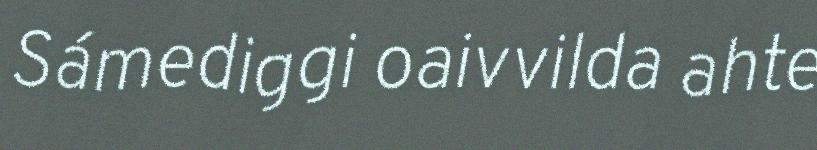
Sámediggi oaivvilda ahte